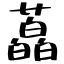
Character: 藠